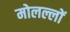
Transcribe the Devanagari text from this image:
मोलल्लों